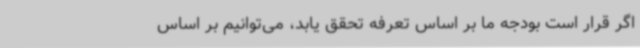
اگر قرار است بودجه ما بر اساس تعرفه تحقق یابد، می‌توانیم بر اساس